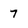
Character: 7